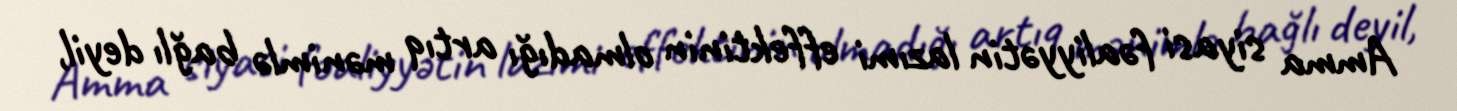
Amma siyasi fəaliyyətin lazımi effektinin olmadığı artıq mənimlə bağlı deyil,